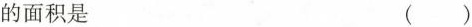
的面积是 ( )